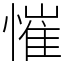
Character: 慛